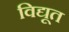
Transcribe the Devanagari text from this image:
विद्यूत